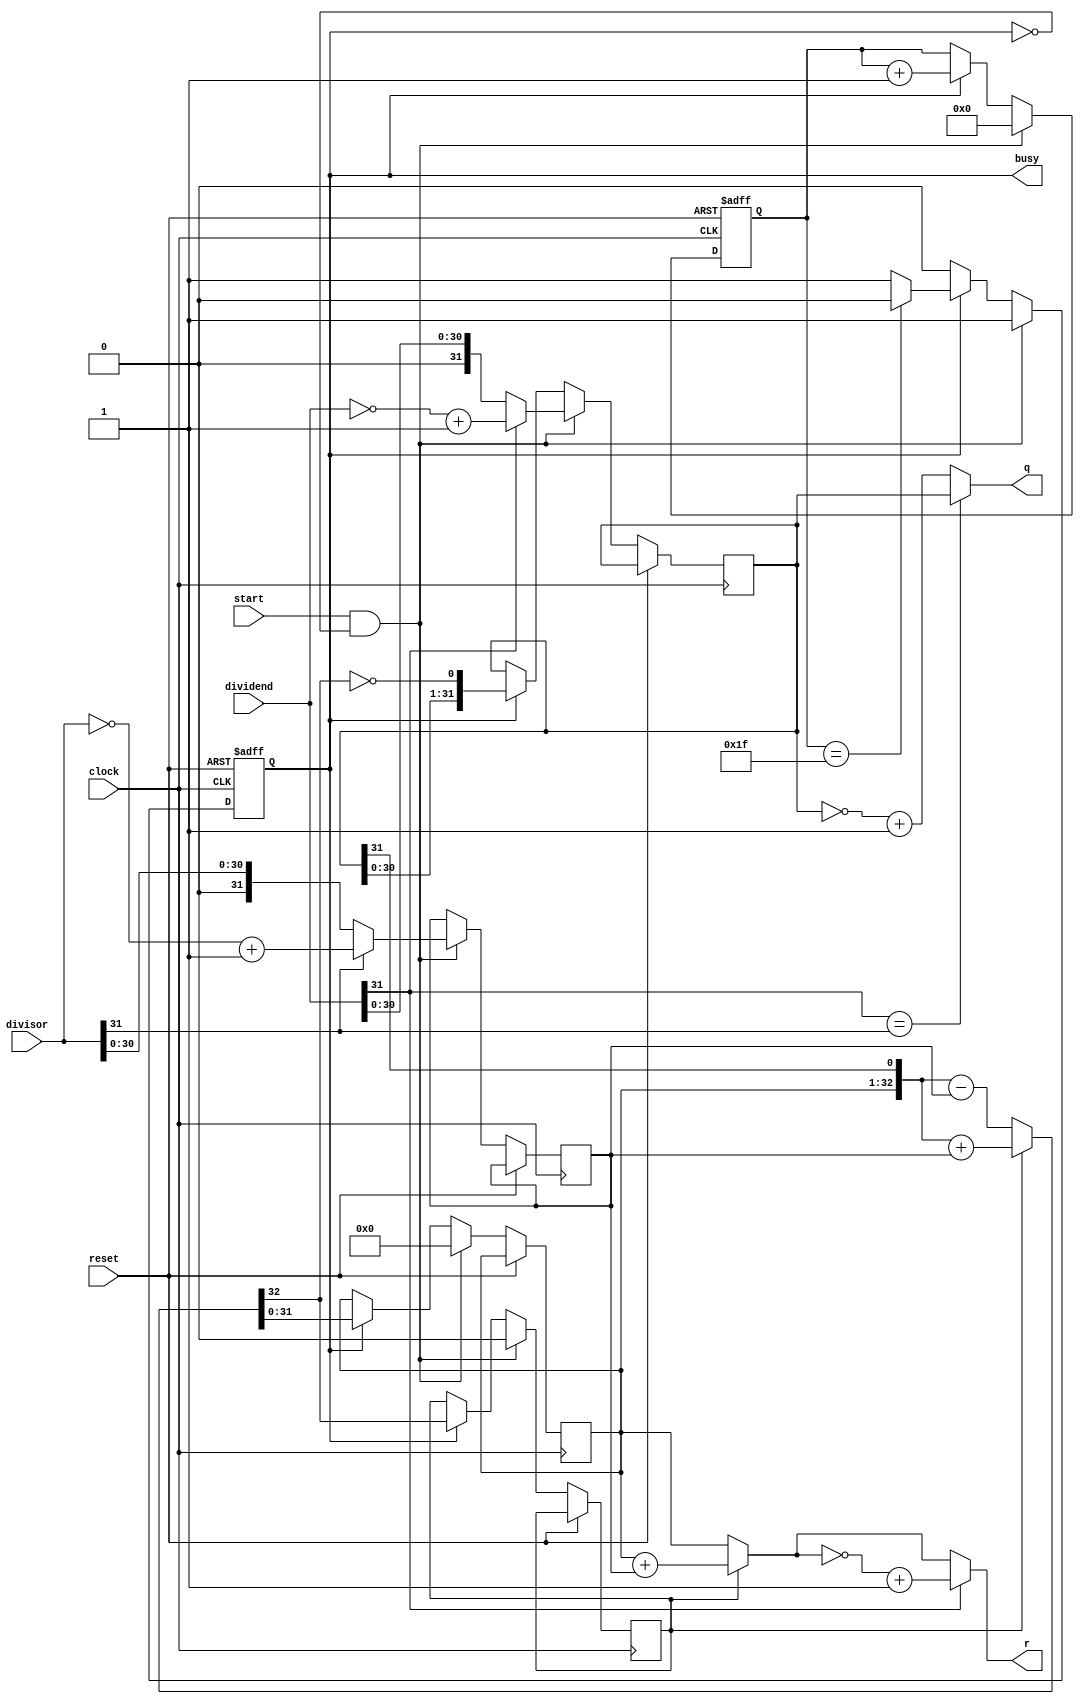
`timescale 1ns / 1ps
//////////////////////////////////////////////////////////////////////////////////
// Company: 
// Engineer: 
// 
// Design Name: 
// Module Name: DIV
// Project Name: 
// Target Devices: 
// Tool Versions: 
// Description: 
// 
// Dependencies: 
// 
// Revision:
// Revision 0.01 - File Created
// Additional Comments:
// 
//////////////////////////////////////////////////////////////////////////////////


module DIV(
    input [31:0]dividend,       //               
    input [31:0]divisor,        //   
    input start,                //      
    input clock,      
    input reset,   
    output [31:0]q,             //      
    output [31:0]r,             //         
    output reg busy                 // 
    );
    
    wire ready;
    reg[4:0] count;
    reg[31:0] tmp_q;
    reg[31:0] tmp_r;
    reg[31:0] tmp_b;
    reg tmp_sign;
    
    wire [31:0] dividend_temp;
    wire [31:0] divisor_temp;
    wire [31:0] q_temp;
    wire [31:0] r_temp;
    
    assign dividend_temp=dividend[31]?(~dividend+1):dividend;
    assign divisor_temp=divisor[31]?(~divisor+1):divisor;
    
    wire[32:0] sub_add=tmp_sign?({tmp_r,q_temp[31]}+{1'b0,tmp_b}):({tmp_r,q_temp[31]}-{1'b0,tmp_b});
    assign r_temp=tmp_sign?tmp_r+tmp_b:tmp_r;
    assign q_temp=tmp_q;
    
    assign r=dividend[31]?(~r_temp+1):r_temp;//r_temp>0
    assign q=(dividend[31]==divisor[31])?q_temp:(~q_temp+1);
    
    always @(negedge clock or posedge reset)
    begin
        if(reset)
        begin
            count<=5'b0;
            busy<=0;
        end
        else
        begin
            if(start&~busy)
            begin
                tmp_r<=32'b0;
                tmp_sign<=0;
                tmp_q<=dividend_temp;
                tmp_b<=divisor_temp;
                count<=5'b0;
                busy<=1'b1;
            end
            else if(busy)
            begin
                tmp_r<=sub_add[31:0];
                tmp_sign<=sub_add[32];
                tmp_q<={tmp_q[30:0],~sub_add[32]};
                count<=count+5'b1;
                if(count==5'b11111)
                    busy<=0;
            end
        end
    end 
endmodule